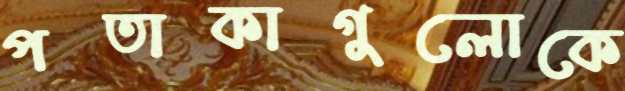
পতাকাগুলোকে